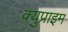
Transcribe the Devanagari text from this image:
क्युप्राइम